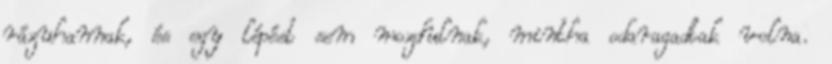
rázuhannak, és egy lépést sem mozdulnak, mintha odaragadtak volna.